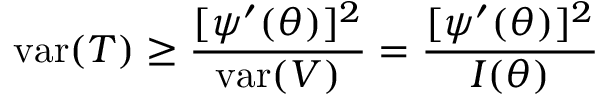
\operatorname { v a r } ( T ) \geq { \frac { [ \psi ^ { \prime } ( \theta ) ] ^ { 2 } } { \operatorname { v a r } ( V ) } } = { \frac { [ \psi ^ { \prime } ( \theta ) ] ^ { 2 } } { I ( \theta ) } }